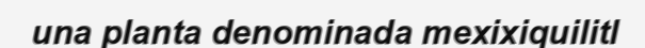
una planta denominada mexixiquilitl